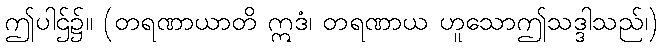
ဤပါဌ်၌။ (တရဏာယာတိ ဣဒံ၊ တရဏာယ ဟူသောဤသဒ္ဒါသည်၊)